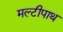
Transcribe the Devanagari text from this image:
मल्टीपाथ